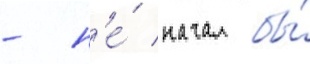
- н'е́ начал бы́